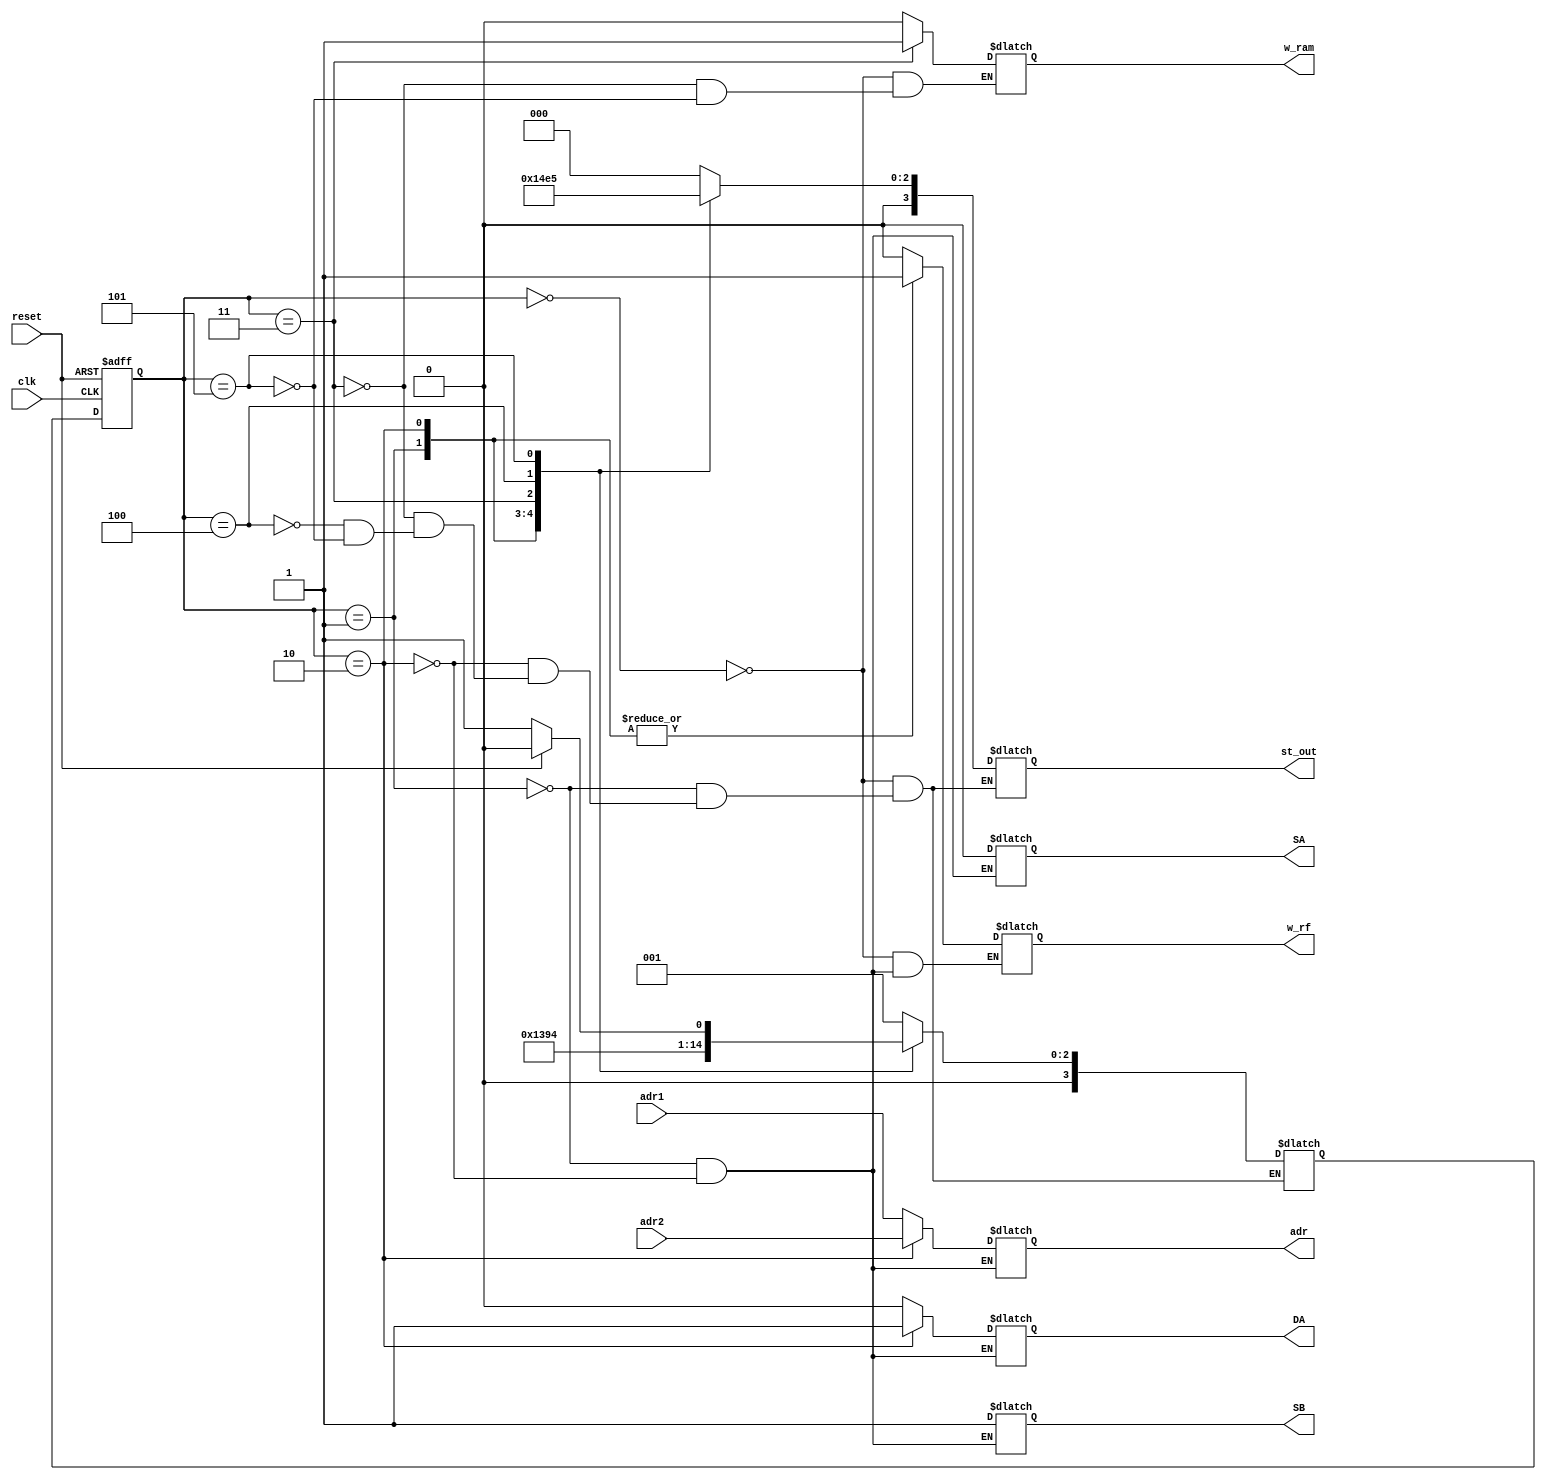
`timescale 1ns / 1ps
//////////////////////////////////////////////////////////////////////////////////
// Company: 
// Engineer: 
// 
// Design Name: 
// Module Name: cu
// Project Name: 
// Target Devices: 
// Tool Versions: 
// Description: 
// 
// Dependencies: 
// 
// Revision:
// Revision 0.01 - File Created
// Additional Comments:
// 
//////////////////////////////////////////////////////////////////////////////////

module cu ( 

input clk, reset,
  input [2:0] adr1,
  input [2:0] adr2,
  output reg w_rf,
  output reg [2:0] adr,
  output reg DA,SA,SB,
  output reg [3:0] st_out,
  output reg w_ram
);
  
parameter S0_idle = 0 , S1_send_adr1 = 1 , S2_send_adr2 = 2 ,S3_multiply = 3 ,S4_write_ram = 4,S5_read_ram=5 ;
reg [3:0] PS,NS ;
    always@(posedge clk or posedge reset)
        begin
            if(reset)
                PS <= S0_idle;   
            else    
                PS <= NS;
        end  


    always@(*)
        begin 
            
            case(PS)
				S0_idle:
				begin
				NS = S1_send_adr1;
				w_rf <= 0;
                w_ram <= 0;
                st_out <= 0;
				end
				
				S1_send_adr1:
				begin	
				w_rf <= 1;
				adr<= adr1;
				DA <=1'b0;
				SA <=1'b0;
				SB <=1'b1;
				st_out <= S1_send_adr1;
				NS = S2_send_adr2;
				end
				
				S2_send_adr2:
				begin
				w_rf <= 1;
				adr<= adr2;
				NS = S3_multiply;
				DA <=1'b1;
				SA <=1'b0;
				SB <=1'b1;
          	    st_out <= S2_send_adr2;
			    end
			
		        S3_multiply:
		        begin
				NS = S4_write_ram;
                st_out <= S3_multiply;
				w_ram <= 1;
			    end

                S4_write_ram:
                begin
                st_out <= S4_write_ram;
				NS = S5_read_ram;
				end
				
		        S5_read_ram: 
		        begin
                w_ram <= 0;
                st_out <= S5_read_ram;
				if(!reset) begin
				    NS = S1_send_adr1;	
				end
				else begin
				    NS = 0;
				end
			end
		endcase
	end
				
endmodule